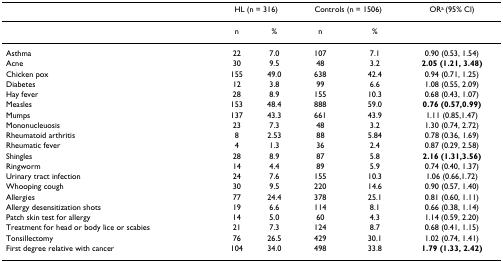
<table><thead><tr><td></td><td colspan="2"><b>HL (n = 316)</b></td><td colspan="2"><b>Controls (n = 1506)</b></td><td><b>OR<sup>a </sup>(95% Cl)</b></td></tr></thead><tbody><tr><td></td><td>n</td><td>%</td><td>n</td><td>%</td><td></td></tr><tr><td>Asthma</td><td>22</td><td>7.0</td><td>107</td><td>7.1</td><td>0.90 (0.53, 1.54)</td></tr><tr><td>Acne</td><td>30</td><td>9.5</td><td>48</td><td>3.2</td><td><b>2.05 (1.21, 3.48)</b></td></tr><tr><td>Chicken pox</td><td>155</td><td>49.0</td><td>638</td><td>42.4</td><td>0.94 (0.71, 1.25)</td></tr><tr><td>Diabetes</td><td>12</td><td>3.8</td><td>99</td><td>6.6</td><td>1.08 (0.55, 2.09)</td></tr><tr><td>Hay fever</td><td>28</td><td>8.9</td><td>155</td><td>10.3</td><td>0.68 (0.43, 1.07)</td></tr><tr><td>Measles</td><td>153</td><td>48.4</td><td>888</td><td>59.0</td><td><b>0.76 (0.57,0.99)</b></td></tr><tr><td>Mumps</td><td>137</td><td>43.3</td><td>661</td><td>43.9</td><td>1.11 (0.85,1.47)</td></tr><tr><td>Mononucleuosis</td><td>23</td><td>7.3</td><td>48</td><td>3.2</td><td>1.30 (0.74, 2.72)</td></tr><tr><td>Rheumatoid arthritis</td><td>8</td><td>2.53</td><td>88</td><td>5.84</td><td>0.78 (0.36, 1.69)</td></tr><tr><td>Rheumatic fever</td><td>4</td><td>1.3</td><td>36</td><td>2.4</td><td>0.87 (0.29, 2.58)</td></tr><tr><td>Shingles</td><td>28</td><td>8.9</td><td>87</td><td>5.8</td><td><b>2.16 (1.31,3.56)</b></td></tr><tr><td>Ringworm</td><td>14</td><td>4.4</td><td>89</td><td>5.9</td><td>0.74 (0.40, 1.37)</td></tr><tr><td>Urinary tract infection</td><td>24</td><td>7.6</td><td>155</td><td>10.3</td><td>1.06 (0.66,1.72)</td></tr><tr><td>Whooping cough</td><td>30</td><td>9.5</td><td>220</td><td>14.6</td><td>0.90 (0.57, 1.40)</td></tr><tr><td>Allergies</td><td>77</td><td>24.4</td><td>378</td><td>25.1</td><td>0.81 (0.60, 1.11)</td></tr><tr><td>Allergy desensitization shots</td><td>19</td><td>6.6</td><td>114</td><td>8.1</td><td>0.66 (0.38, 1.14)</td></tr><tr><td>Patch skin test for allergy</td><td>14</td><td>5.0</td><td>60</td><td>4.3</td><td>1.14 (0.59, 2.20)</td></tr><tr><td>Treatment for head or body lice or scabies</td><td>21</td><td>7.3</td><td>124</td><td>8.7</td><td>0.68 (0.41, 1.15)</td></tr><tr><td>Tonsillectomy</td><td>76</td><td>26.5</td><td>429</td><td>30.1</td><td>1.02 (0.74, 1.41)</td></tr><tr><td>First degree relative with cancer</td><td>104</td><td>34.0</td><td>498</td><td>33.8</td><td><b>1.79 (1.33, 2.42)</b></td></tr></tbody></table>